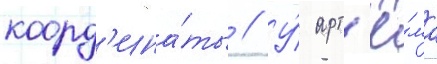
коорд'ина́ты // У́ арт'ё́ма